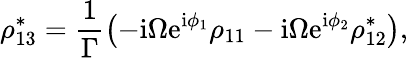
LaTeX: \rho_{13}^{*}=\frac{1}{\Gamma}\left(-\mathrm{i}\Omega\mathrm{e}^{\mathrm{i}\phi_{1}}\rho_{11}-\mathrm{i}\Omega\mathrm{e}^{\mathrm{i}\phi_{2}}\rho_{12}^{*}\right),